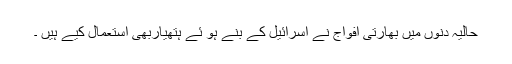
حالیہ دنوں میں بھارتی افواج نے اسرائیل کے بنے ہو ئے ہتھیاربھی استعمال کیے ہیں ۔